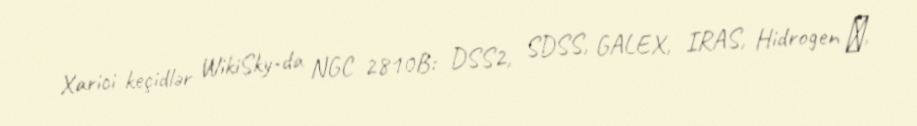
Xarici keçidlər WikiSky-da NGC 2810B: DSS2, SDSS, GALEX, IRAS, Hidrogen α,